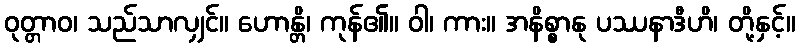
ဝုတ္တာဝ၊ သည်သာလျှင်။ ဟောန္တိ၊ ကုန်၏။ ဝါ၊ ကား။ အနိစ္စာနု ပဿနာဒီဟိ၊ တို့နှင့်။